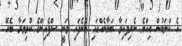
އެ ކްލަބުން އިއްޔެ ނެރިފައިވާ ބަޔާނެއްގައި ބުނެފައި ވަނީ ސްޕެއިންގެ ކުޅިވަރާ ބެހޭ